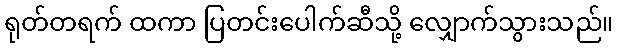
ရုတ်တရက် ထကာ ပြတင်းပေါက်ဆီသို့ လျှောက်သွားသည်။